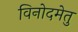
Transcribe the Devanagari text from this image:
विनोदमेतु